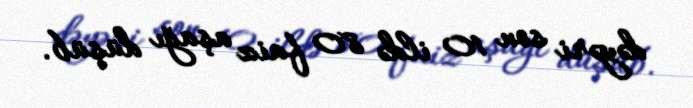
dəyəri son 10 ildə 80 faiz aşağı düşüb.